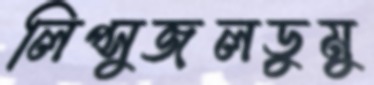
লিপ্সুজলডুমু